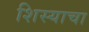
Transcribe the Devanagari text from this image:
शिस्याचा